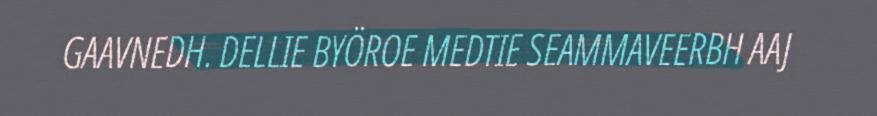
GAAVNEDH. DELLIE BYÖROE MEDTIE SEAMMAVEERBH AAJ